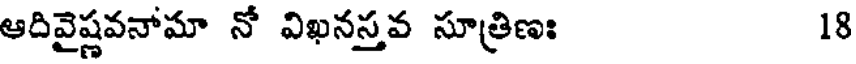
ఆదివైష్ణవనోమా నో విఖనస్తవ సూత్రిణః 18